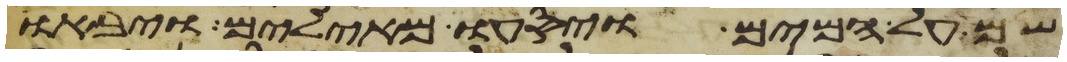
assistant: שם על המים ויסעו מאילים ויבאו